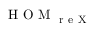
\mathrm { ~ H ~ O ~ M ~ } _ { \mathrm { ~ r ~ e ~ X ~ } }